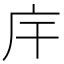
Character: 𢇛